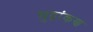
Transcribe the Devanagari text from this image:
मुद्रांकण